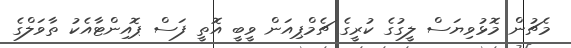
މެޗުން މޮޅުވިޔަސް ލީގުގެ ކުރީގެ ޗެމްޕިއަން ވީބީ އޮތީ ފަސް ޕޮއިންޓާއެކު ތާވަލްގެ